Veterinary regulations India, 1939 -
Year: 1939
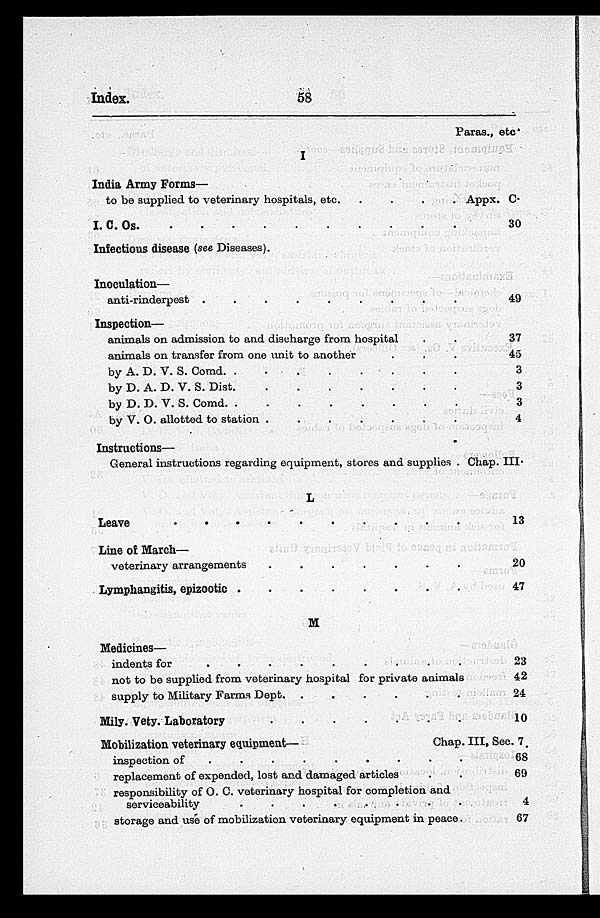
Index.
58
I
India Army Forms—
to be supplied to veterinary hospitals, etc . . . . .
I. C. Os. . . . . .
Infectious disease (see Diseases).
Inoculation—
anti-rinderpest . . . . .
Inspection—
animals on admission to and discharge from hospital
animals on transfer from one unit to another
by A. D. V. S. Comd . . . . . . . . . .
by D. A. D. V. S. Dist . . . . .
by D. D. V. S. Comd . . . . .
by V. O. allotted to station . . . . .
Instructions—
General instructions regarding equipment, stores and supplies .
L
Leave . . . . .
Line of March—
veterinary arrangements . . . . .
Lymphangitis, epizootic . . . . .
M
Medicines—
indents for . . . . .
not to be supplied from veterinary hospital for private animals
supply to Military Farms Dept . . . . .
Mily. Vety. Laboratory . . . . .
Mobilization veterinary equipment—
inspection of . . . . .
replacement of expended, lost and damaged articles . .
responsibility of O. C. veterinary hospital for completion and
serviceability . . . . .
storage and use of mobilization veterinary equipment in peace.
Paras., etc.
Appx. C.
30
49
37
45
3
3
3
4
Chap. III.
13
20
47
23
42
24
10
Chap. III, Sec. 7.
68
69
4
67